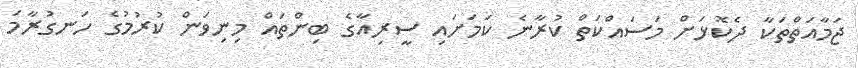
ޖަމާއަތްތަކާ ދެކޮޅަށް މަސައްކަތް ކުރާނެ ކަމަށައި ސީރިއާގެ ބިންތައް މިނިވަން ކުރުމުގެ ހަނގުރާމަ